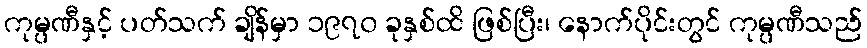
ကုမ္ပဏီနှင့် ပတ်သက် ချိန်မှာ ၁၉၇၀ ခုနှစ်ထိ ဖြစ်ပြီး၊ နောက်ပိုင်းတွင် ကုမ္ပဏီသည်